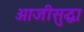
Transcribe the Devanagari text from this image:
आजीसुद्धा